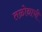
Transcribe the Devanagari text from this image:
तळोद्याची